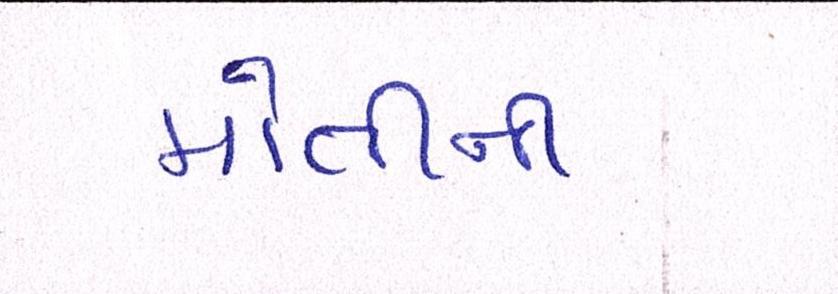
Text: મોતીની